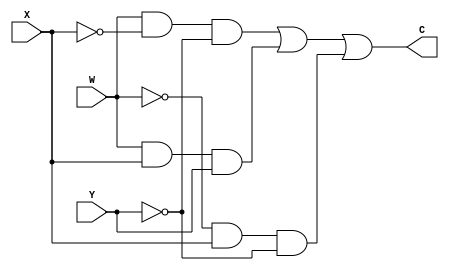
// Copyright (C) 2020  Intel Corporation. All rights reserved.
// Your use of Intel Corporation's design tools, logic functions 
// and other software and tools, and any partner logic 
// functions, and any output files from any of the foregoing 
// (including device programming or simulation files), and any 
// associated documentation or information are expressly subject 
// to the terms and conditions of the Intel Program License 
// Subscription Agreement, the Intel Quartus Prime License Agreement,
// the Intel FPGA IP License Agreement, or other applicable license
// agreement, including, without limitation, that your use is for
// the sole purpose of programming logic devices manufactured by
// Intel and sold by Intel or its authorized distributors.  Please
// refer to the applicable agreement for further details, at
// https://fpgasoftware.intel.com/eula.

// PROGRAM		"Quartus Prime"
// VERSION		"Version 20.1.0 Build 711 06/05/2020 SJ Standard Edition"
// CREATED		"Fri Aug 28 09:15:42 2020"

module lab1step2(
	W,
	X,
	Y,
	C
);


input wire	W;
input wire	X;
input wire	Y;
output wire	C;

wire	SYNTHESIZED_WIRE_0;
wire	SYNTHESIZED_WIRE_7;
wire	SYNTHESIZED_WIRE_2;
wire	SYNTHESIZED_WIRE_4;
wire	SYNTHESIZED_WIRE_5;
wire	SYNTHESIZED_WIRE_6;




assign	SYNTHESIZED_WIRE_6 = SYNTHESIZED_WIRE_0 & X & SYNTHESIZED_WIRE_7;

assign	SYNTHESIZED_WIRE_4 = W & SYNTHESIZED_WIRE_2 & SYNTHESIZED_WIRE_7;

assign	SYNTHESIZED_WIRE_5 = W & X & Y;

assign	C = SYNTHESIZED_WIRE_4 | SYNTHESIZED_WIRE_5 | SYNTHESIZED_WIRE_6;

assign	SYNTHESIZED_WIRE_2 =  ~X;

assign	SYNTHESIZED_WIRE_0 =  ~W;

assign	SYNTHESIZED_WIRE_7 =  ~Y;


endmodule